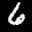
Label: 6